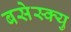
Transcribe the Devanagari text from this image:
बसेस्क्यु